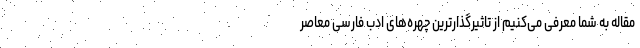
مقاله به شما معرفی می‌کنیم از تاثیرگذارترین چهره‌های ادب فارسی معاصر